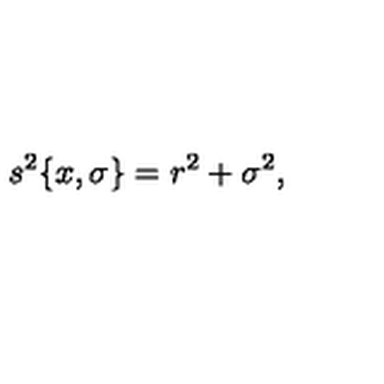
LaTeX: s ^ { 2 } \{ x , \sigma \} = r ^ { 2 } + \sigma ^ { 2 } ,